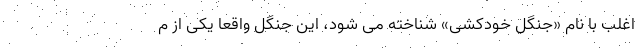
اغلب با نام «جنگل خودکشی» شناخته می شود، این جنگل واقعاً یکی از م